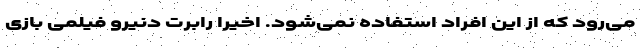
می‌رود که از این افراد استفاده نمی‌شود. اخیرا رابرت دنیرو فیلمی بازی